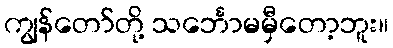
ကျွန်တော်တို့ သင်္ဘောမမှီတော့ဘူး။